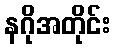
နဂိုအတိုင်း